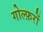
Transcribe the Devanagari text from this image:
गोल्फ़रों